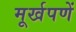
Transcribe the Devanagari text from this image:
मूर्खपणें